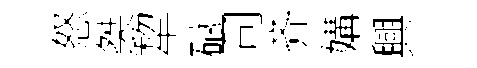
怒桀犂碔司齐媾興